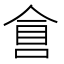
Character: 𠋑